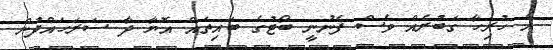
އެ ހުރިހާ ގަބުރެއް ވެސް ފެނުނީ ބޯޓުގެ ބައިތައް އޮޔާ ދާ ސަރަހައްދުން